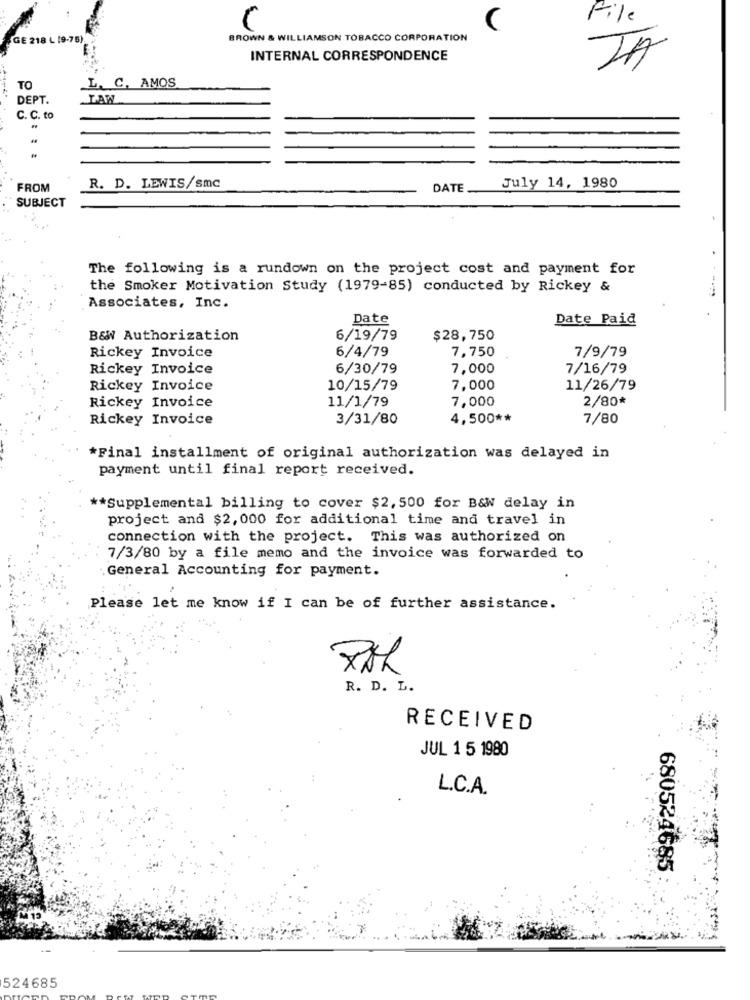
File
C
GE 218 L 19-75)
BROWN & WILLIAMSON TOBACCO CORPORATION
INTERNAL CORRESPONDENCE
JA
L. C. AMOS
TO
DEPT.
LAW
C. C. to
July 14, 1980
FROM
R. D. LEWIS/smc
DATE
SUBJECT
The following is a rundown on the project cost and payment for
the Smoker Motivation Study (1979-85) conducted by Rickey &
Associates, Inc.
Date
Date Paid
B&W Authorization
6/19/79
$28,750
6/4/79
7,750
7/9/79
Rickey Invoice
Rickey Invoice
6/30/79
7,000
7/16/79
Rickey Invoice
10/15/79
7,000
11/26/79
11/1/79
7,000
2/80*
Rickey Invoice
Rickey Invoice
3/31/80
4,500 **
7/80
*Final installment of original authorization was delayed in
payment until final report received.
** Supplemental billing to cover $2, 500 for B&W delay in
project and $2, 000 for additional time and travel in
connection with the project. This was authorized on
7/3/80 by a file memo and the invoice was forwarded to
General Accounting for payment.
Please let me know if I can be of further assistance.
R. D. L.
RECEIVED
JUL 1 5 1980
L.C.A.
680524685
524685